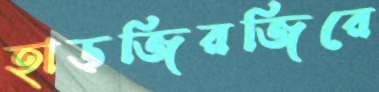
হাড়জিরজিরে